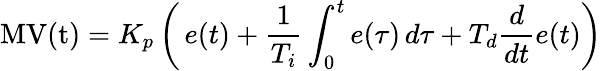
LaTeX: \mathrm{MV(t)}=K_{p}\left(\, {e(t)}+{\frac{1}{T_{i}}}\int_{0}^{t}{e(\tau)}\, {d\tau}+T_{d}{\frac{d}{dt}}e(t)\right)